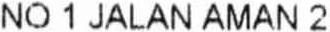
NO 1 JALAN AMAN 2